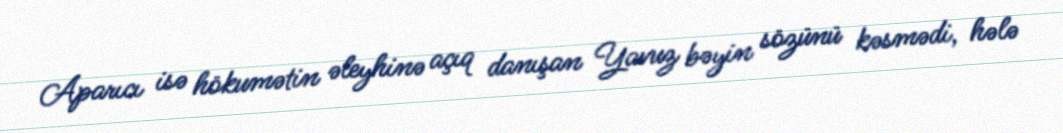
Aparıcı isə hökumətin əleyhinə açıq danışan Yavuz bəyin sözünü kəsmədi, hələ